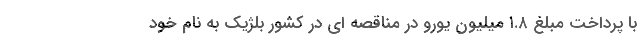
با پرداخت مبلغ ۱.۸ میلیون یورو در مناقصه ای در کشور بلژیک به نام خود